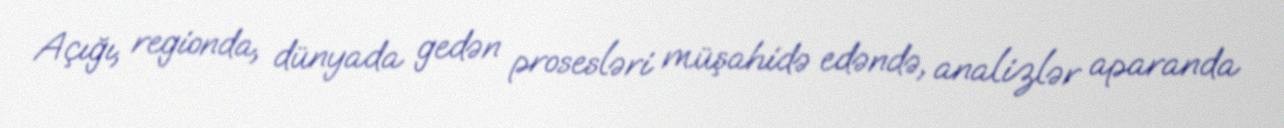
Açığı, regionda, dünyada gedən prosesləri müşahidə edəndə, analizlər aparanda